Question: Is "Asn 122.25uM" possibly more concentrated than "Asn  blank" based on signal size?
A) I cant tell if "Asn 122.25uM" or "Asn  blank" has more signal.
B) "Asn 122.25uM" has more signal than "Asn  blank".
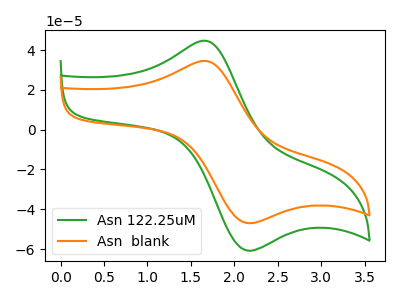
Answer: <think>The green curve "Asn 122.25uM" has an anodic peak at (1.65V, 44.70uA) and a cathodic peak at (2.10V, -60.35uA). The orange curve "Asn  blank" has an anodic peak at (1.65V, 34.55uA) and a cathodic peak at (2.10V, -46.65uA).
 All the peaks in "Asn 122.25uM" have a peak in "Asn  blank" at the same potential. Every peak in "Asn 122.25uM" is higher than every peak in "Asn  blank".</think>
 <answer>B) "Asn 122.25uM" has more signal than "Asn  blank".</answer>
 <eval>B</eval>